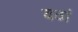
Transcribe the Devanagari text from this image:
यठां